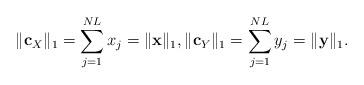
LaTeX: \begin{align*}\|\mathbf{c}_X \|_1=\sum_{j=1}^{NL} x_j =\|\mathbf{x} \|_1,\|\mathbf{c}_Y \|_1=\sum_{j=1}^{NL} y_j =\|\mathbf{y} \|_1. \end{align*}